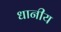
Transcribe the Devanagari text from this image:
धानीय